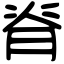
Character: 脊